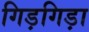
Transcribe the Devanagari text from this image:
गिड़गिड़ा